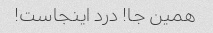
همین جا! درد اینجاست!